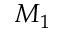
M _ { 1 }